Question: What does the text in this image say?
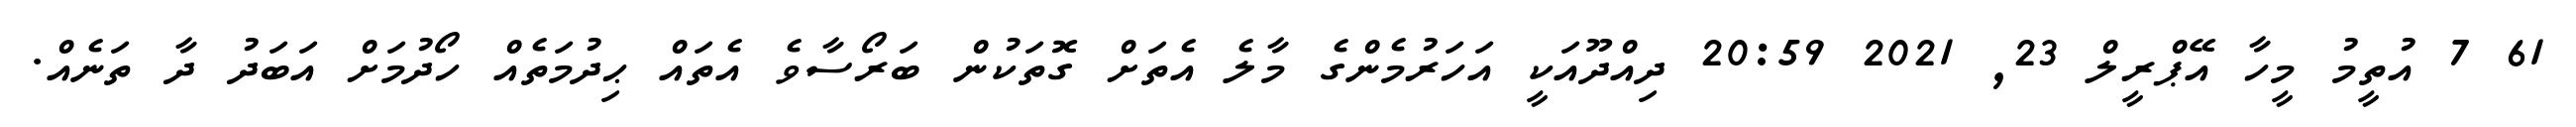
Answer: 61 7 އުތީމު މީހާ އޭޕްރީލް 23, 2021 20:59 ދިއްދޫއަކީ އަހަރުމެންގެ މާލެ އެތަށް ގޮތަކުން ބަރޯސާވެ އެތައް ޙިދުމަތެއް ހޯދުމަށް އަބަދު ދާ ތަނެއް.